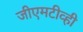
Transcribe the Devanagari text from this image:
जीएमटीव्ही